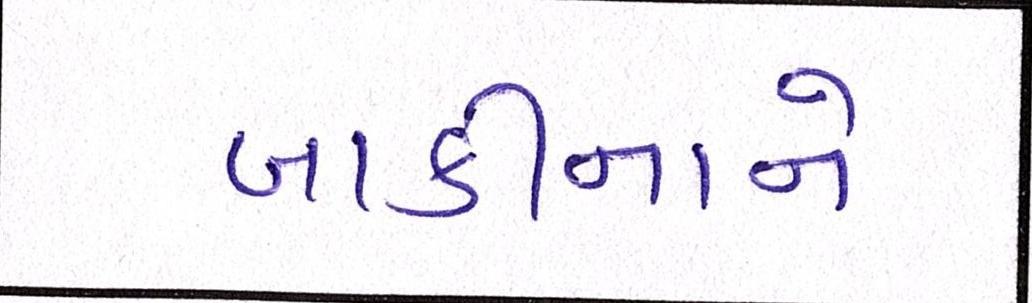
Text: બાકીનાને